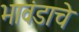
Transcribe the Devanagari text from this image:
भावंडाचे